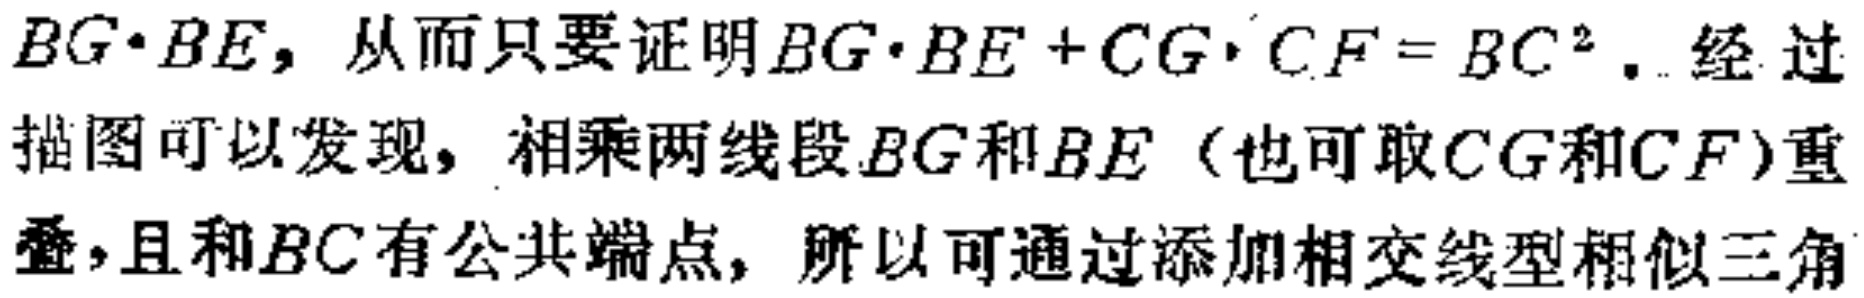
$BG\cdot BE$，从而只要证明$BG\cdot BE + CG\cdot CF = BC^{2}$. 经过
描图可以发现，相乘两线段$BG$和$BE$（也可取$CG$和$CF$）重
叠，且和$BC$有公共端点，所以可通过添加相交线型相似三角